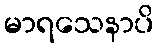
မာရသေနာပိ